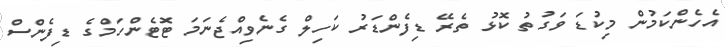
އެހެންކަމުން މިކުޑަ ވަގުތު ކޮޅު ތެރޭ ޑިފެންޑަރު ކަހިލް ގެނެވިއްޖެނަމަ ޓޮޓެންހަމްގެ ޑިފެންސް